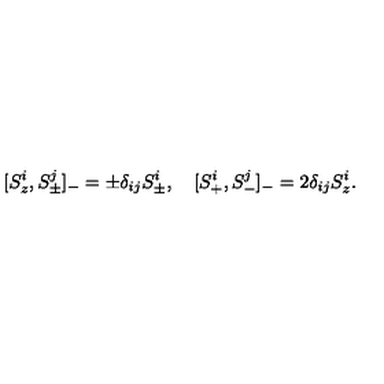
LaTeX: [ S \sp i \sb z , S \sp j \sb \pm ] \sb - = \pm \delta \sb { i j } S \sp i \sb \pm , \quad [ S \sp i \sb + , S \sp j \sb - ] \sb - = 2 \delta \sb { i j } S \sp i \sb z .